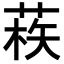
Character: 𦳿